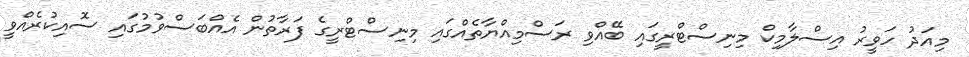
މިއަދު ހަވީރު އިސްލާމިކް މިނިސްޓްރީގައި ބޭއްވި ރަސްމިއްޔާތެއްގައި މިނިސްޓްރީގެ ފަރާތުން އެއްބަސްވުމުގައި ސޮއިކުރެއްވީ